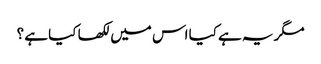
مگر یہ ہے کیا اس میں لکھا کیا ہے ؟